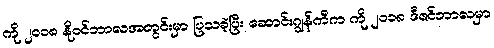
ကို ၂၀၁၈ နိုဝင်ဘာလအတွင်းမှာ ပြသခဲ့ပြီး ဆောင်းဂျွန်ကီက ကို ၂၀၁၈ ဒီဇင်ဘာလမှာ